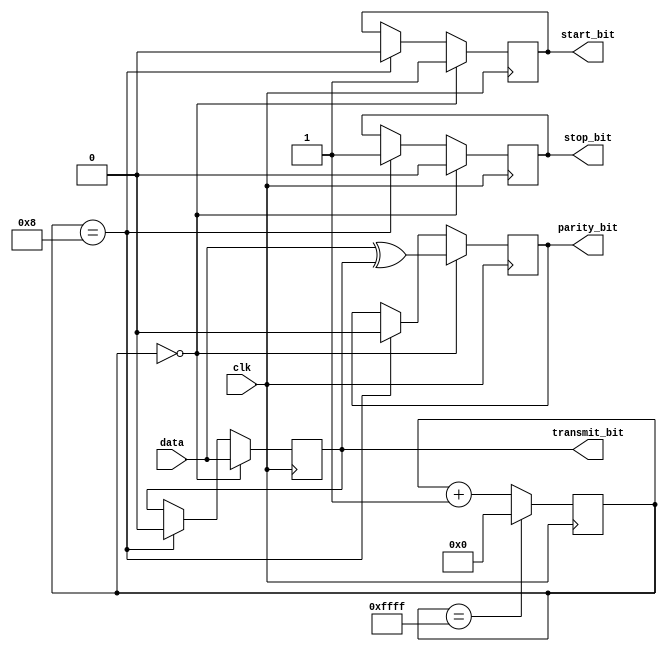
module uart_transmitter (
    input clk,
    input data,
    output start_bit,
    output reg transmit_bit,
    output reg parity_bit,
    output reg stop_bit
);

// Clock generator
reg [15:0] counter;
always @(posedge clk) begin
    if (counter == 16'hFFFF) begin
        counter <= 0;
    end else begin
        counter <= counter + 1;
    end
end

// Data transmission
always @(posedge clk) begin
    if (counter == 0) begin
        start_bit <= 1;
        transmit_bit <= data;
        parity_bit <= data ^ transmit_bit; // XOR operation for parity generation
        stop_bit <= 0;
    end else if (counter == 8) begin
        start_bit <= 0;
        transmit_bit <= 0;
        parity_bit <= 0;
        stop_bit <= 1;
    end
end

endmodule